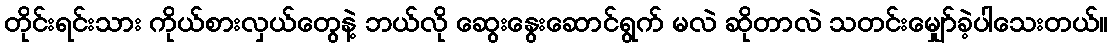
တိုင်းရင်းသား ကိုယ်စားလှယ်တွေနဲ့ ဘယ်လို ဆွေးနွေးဆောင်ရွက် မလဲ ဆိုတာလဲ သတင်းမျှော်ခဲ့ပါသေးတယ်။